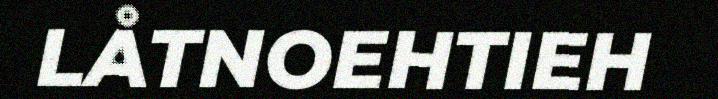
LÅTNOEHTIEH